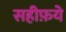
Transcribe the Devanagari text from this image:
सहीफ़ये